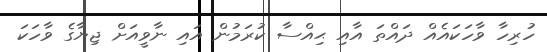
ހުރިހާ ވާހަކައެއް ދައްތަ އާއި ޙިއްސާ ކުރަމުން އައި ނާވީއަށް ޖިޔާގެ ވާހަކަ